system: You are a helpful assistant.
user:
Analyze the provided spectrum to determine if it is a **Carbon Star (C-type)**.

- **Key Visual Indicators of Carbon Star:**
    - **(Primary):** Strong molecular absorption from **C₂ (diatomic carbon) "Swan Bands."** This is the **defining feature** of a carbon star.
        - **(Key Bandheads):** Sharp absorption edges are visible at approximately $5635$ Å, $5165$ Å (the strongest band), and $4737$ Å.
        - **(Line Profile):** Creates a distinct **"saw-tooth"** pattern. The key morphology is a sharp, steep bandhead on the **red (long-wavelength) side**, which then gradually tapers off (i.e., flux recovers) towards the **blue (short-wavelength) side**. *(This is the direct opposite of the TiO bands seen in M-type stars)*.

    - **(Secondary):** Intense **CN (cyanogen)** molecular absorption bands.
        - **(Key Bandheads):** Located in the blue and violet regions of the spectrum (e.g., near $4215$ Å and $3883$ Å).
        - **(Morphology):** These bands are extremely broad and act as a "blanket," absorbing the vast majority of blue and violet light. This creates a characteristic **"cliff"** or **"steep drop-off"** in the spectrum's flux at short wavelengths.

    - **(Key Confirmation):** Strong **CH absorption band (G-band)**.
        - **(Key Bandhead):** Located around $4300$ Å. The contribution from CH molecules to this band is exceptionally strong.

    - **(Overall Spectrum):**
        - The continuum is severely "chopped up" by these deep molecular bands, especially C₂, rather than appearing as a smooth curve.
        - Due to the heavy CN and C₂ absorption in the blue-green, the vast majority of the star's flux is concentrated in the red part of the spectrum, giving the star its characteristic deep red color.

Think first, call **spectral_visualization_tool** if needed to examine features in detail, then provide your final answer. Your response must adhere to the following strict rules:
1.  **Overall Structure:** Your response must follow the format `<think>...</think> <tool_call>...</tool_call> (if a tool is used) <answer>...</answer>`.
2.  **Tool Usage Constraint:** You may only make **one** tool call per turn.
3.  **Final Answer Format:** In the `<answer>` tag, your conclusion must be inside a `\boxed{}` command (e.g., `\boxed{YES}`), followed by your justification.

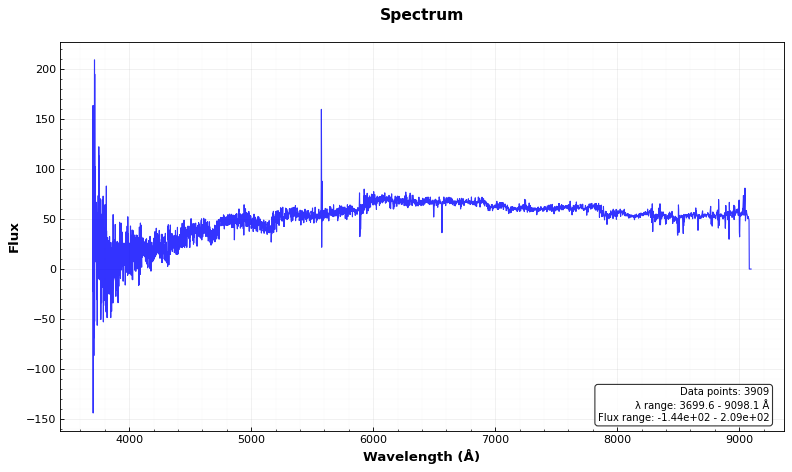
Answer: YES